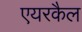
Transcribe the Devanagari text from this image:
एयरकैल